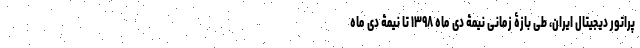
پراتور دیجیتال ایران، طی بازۀ زمانی نیمۀ دی ماه ۱۳۹۸ تا نیمۀ دی ماه